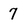
Character: 7